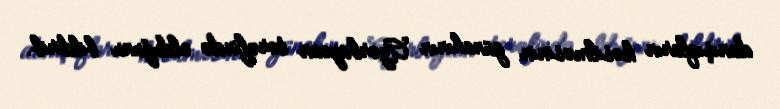
danışıqların kəsilməsinin günahının Azərbaycan tərəfində olduğunu bildirib.